[Report on the health of British troops in the Madras command]
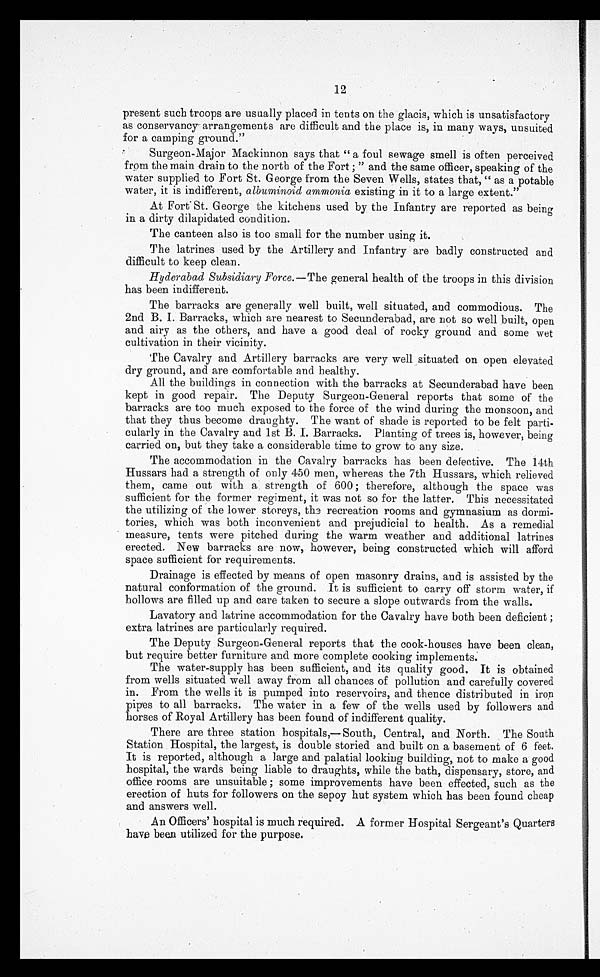
12
present such troops are usually placed in tents on the glacis, which is unsatisfactory
as conservancy arrangements are difficult and the place is, in many ways, unsuited
for a camping ground."
Surgeon-Major Mackinnon says that " a foul sewage smell is often perceived
from the main drain to the north of the Fort; " and the same officer, speaking of the
water supplied to Fort St. George from the Seven Wells, states that, " as a potable
water, it is indifferent, albuminoid ammonia existing in it to a large extent."
At Fort St. George the kitchens used by the Infantry are reported as being
in a dirty dilapidated condition.
The canteen also is too small for the number using it.
The latrines used by the Artillery and Infantry are badly constructed and
difficult to keep clean.
Hyderabad Subsidiary Force.— The general health of the troops in this division
has been indifferent.
The barracks are generally well built, well situated, and commodious. The
2nd B. I. Barracks, which are nearest to Secunderabad, are not so well built, open
and airy as the others, and have a good deal of rocky ground and some wet
cultivation in their vicinity.
The Cavalry and Artillery barracks are very well situated on open elevated
dry ground, and are comfortable and healthy.
All the buildings in connection with the barracks at Secunderabad have been
kept in good repair. The Deputy Surgeon-General reports that some of the
barracks are too much exposed to the force of the wind during the monsoon, and
that they thus become draughty. The want of shade is reported to be felt parti--
cularly in the Cavalry and 1st B. I. Barracks. Planting of trees is, however, being
carried on, but they take a considerable time to grow to any size.
The accommodation in the Cavalry barracks has been defective. The 14th
Hussars had a strength of only 450 men, whereas the 7th Hussars, which relieved
them, came out with a strength of 600; therefore, although the space was
sufficient for the former regiment, it was not so for the latter. This necessitated
the utilizing of the lower storeys, the recreation rooms and gymnasium as dormi--
tories, which was both inconvenient and prejudicial to health. As a remedial
measure, tents were pitched during the warm weather and additional latrines
erected. New barracks are now, however, being constructed which will afford
space sufficient for requirements.
Drainage is effected by means of open masonry drains, and is assisted by the
natural conformation of the ground. It is sufficient to carry off storm water, if
hollows are filled up and care taken to secure a slope outwards from the walls.
Lavatory and latrine accommodation for the Cavalry have both been deficient;
extra latrines are particularly required.
The Deputy Surgeon-General reports that the cook-houses have been clean,
but require better furniture and more complete cooking implements.
The water-supply has been sufficient, and its quality good. It is obtained
from wells situated well away from all chances of pollution and carefully covered
in. From the wells it is pumped into reservoirs, and thence distributed in iron
pipes to all barracks. The water in a few of the wells used by followers and
horses of Royal Artillery has been found of indifferent quality.
There are three station hospitals,—South, Central, and North. The South
Station Hospital, the largest, is double storied and built on a basement of 6 feet.
It is reported, although a large and palatial looking building, not to make a good
hospital, the wards being liable to draughts, while the bath, dispensary, store, and
office rooms are unsuitable; some improvements have been effected, such as the
erection of huts for followers on the sepoy hut system which has been found cheap
and answers well.
An Officers' hospital is much required. A former Hospital Sergeant's Quarters
have been utilized for the purpose.